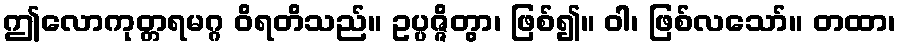
ဤလောကုတ္တရမဂ္ဂ ဝိရတိသည်။ ဥပ္ပဇ္ဇိတွာ၊ ဖြစ်၍။ ဝါ၊ ဖြစ်လသော်။ တထာ၊